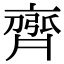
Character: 𮮻